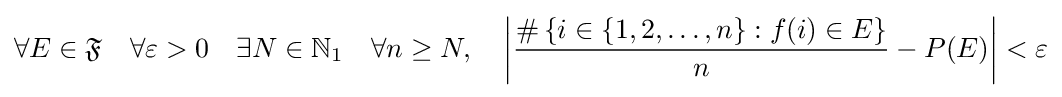
\forall E\in {\mathfrak {F}}\quad \forall \varepsilon >0\quad \exists N\in \mathbb {N} _{1}\quad \forall n\geq N,\quad \left|{\frac {\#\left\{i\in \left\{1,2,\dots ,n\right\}:f(i)\in E\right\}}{n}}-P(E)\right|<\varepsilon